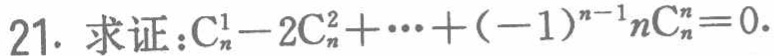
21. 求证：\(C_{n}^{1}-2C_{n}^{2}+\cdots +(-1)^{n - 1}nC_{n}^{n}=0\).